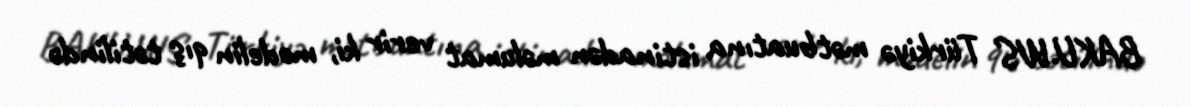
BAKU.WS Türkiyə mətbuatına istinadən məlumat verir ki, modelin qış tətilində